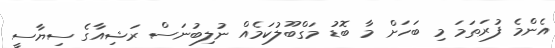
އެންމެ ފުރަތަމަ މި ބަހަށް މާ ބޮޑު މަގްބޫލުކަމެއް ނުލިބުނަސް ރަޝިއާގެ ސިޔާސީ